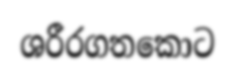
ශරීරගතකොට